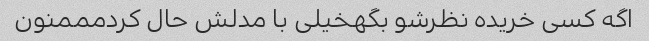
اگه کسی خریده نظرشو بگهخیلی با مدلش حال کردمممنون